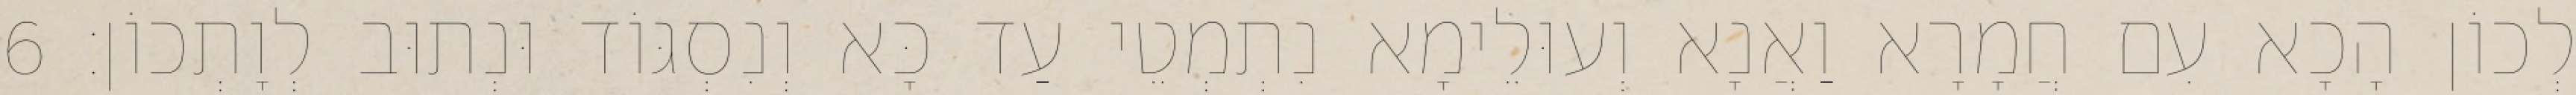
לְכוֹן הָכָא עִם חֲמָרָא וַאֲנָא וְעוּלֵימָא נִתְמְטֵי עַד כָּא וְנִסְגּוֹד וּנְתוּב לְוָתְכוֹן׃ 6